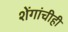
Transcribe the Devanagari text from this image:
शेंगांचीही